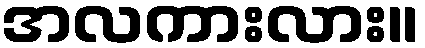
အလကားလား။